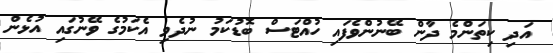
އަދި ކިތަންމެ ދާން ބޭނުންވެފައި ހުއްޓަސް ބޮޑުކަމު ނުދެވި އެކަމުގެ ވޭނުގައި އުޅެން